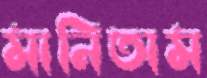
মানিতাম